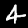
Label: 4